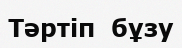
Тәртіп  бұзу